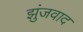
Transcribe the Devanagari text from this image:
झुंजवाद